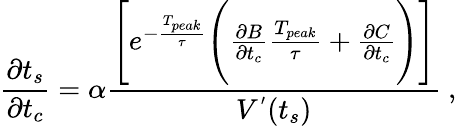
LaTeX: \frac{\partial t_{s}}{\partial t_{c}}=\alpha\frac{\Bigg[e^{-\frac{T_{peak}}{\tau}}\Bigg(\frac{\partial B}{\partial t_{c}}\frac{T_{peak}}{\tau}+\frac{\partial C}{\partial t_{c}}\Bigg)\Bigg]}{V^{'}(t_{s})}~,